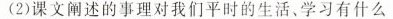
(2)课文阐述的事理对我们平时的生活、学习有什么